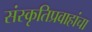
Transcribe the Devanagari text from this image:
संस्कृतिप्रवाहांचा